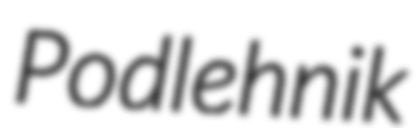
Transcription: Podlehnik